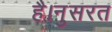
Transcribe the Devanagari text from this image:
है।नुसरत